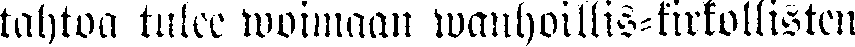
tahtoa tulee woimaan wanhoillis-kirkollisten